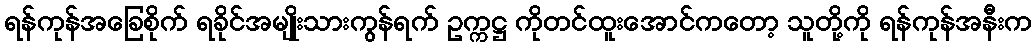
ရန်ကုန်အခြေစိုက် ရခိုင်အမျိုးသားကွန်ရက် ဥက္ကဋ္ဌ ကိုတင်ထူးအောင်ကတော့ သူတို့ကို ရန်ကုန်အနီးက